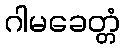
ဂါမခေတ္တံ